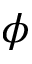
\phi